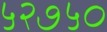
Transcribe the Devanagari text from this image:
५२७५०